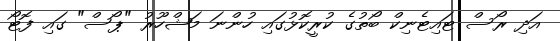
އަދި ރޯސް ޓައިޓެނިކް ބޯތުގެ ކުރީކޮޅުގައި ހުންނަ މަޝްހޫރު "ޕޯސް" ގައި ފޮޓޯ